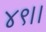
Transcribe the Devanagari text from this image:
४९।।